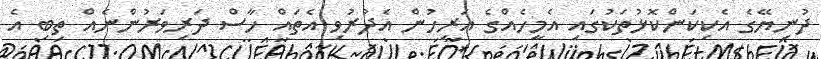
ދުނިޔޭގެ އެކިކަންކޮޅުތަކުގައި އެމީހެއްގެ އަރިހުން އެދުރުވި އެތައް ހާސް ދަރިވަރުންނެއް ތިބި އެ